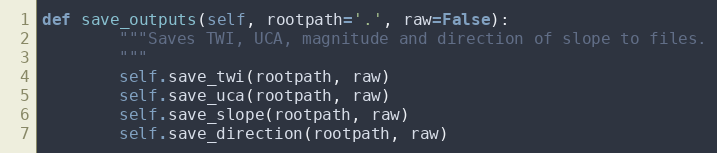
Language: Python
def save_outputs(self, rootpath='.', raw=False):
        """Saves TWI, UCA, magnitude and direction of slope to files.
        """
        self.save_twi(rootpath, raw)
        self.save_uca(rootpath, raw)
        self.save_slope(rootpath, raw)
        self.save_direction(rootpath, raw)